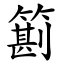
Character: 䉇